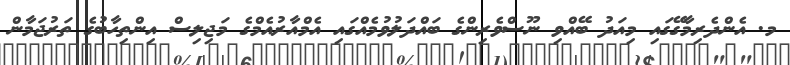
މ. އެންދެރިމާގޭގައި މިއަދު ބޭއްވި ނޫސްވެރިންގެ ބައްދަލުވުމެއްގައި އެމްއާރުއެމްގެ މަޖިލިސް އިންތިހާބުގެ ތަރުޖަމާން